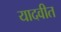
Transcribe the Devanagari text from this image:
यादवीत